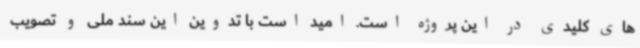
های کلیدی در این پروژه است. امید است با تدوین این سند ملی و تصویب